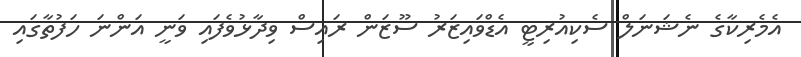
އެމެރިކާގެ ނެޝަނަލް ސެކިއުރިޓީ އެޑްވައިޒަރު ސޫޒަން ރައިސް ވިދާޅުވެފައި ވަނީ އަންނަ ހަފުތާގައި